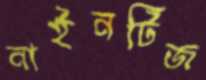
নাইনটিজ